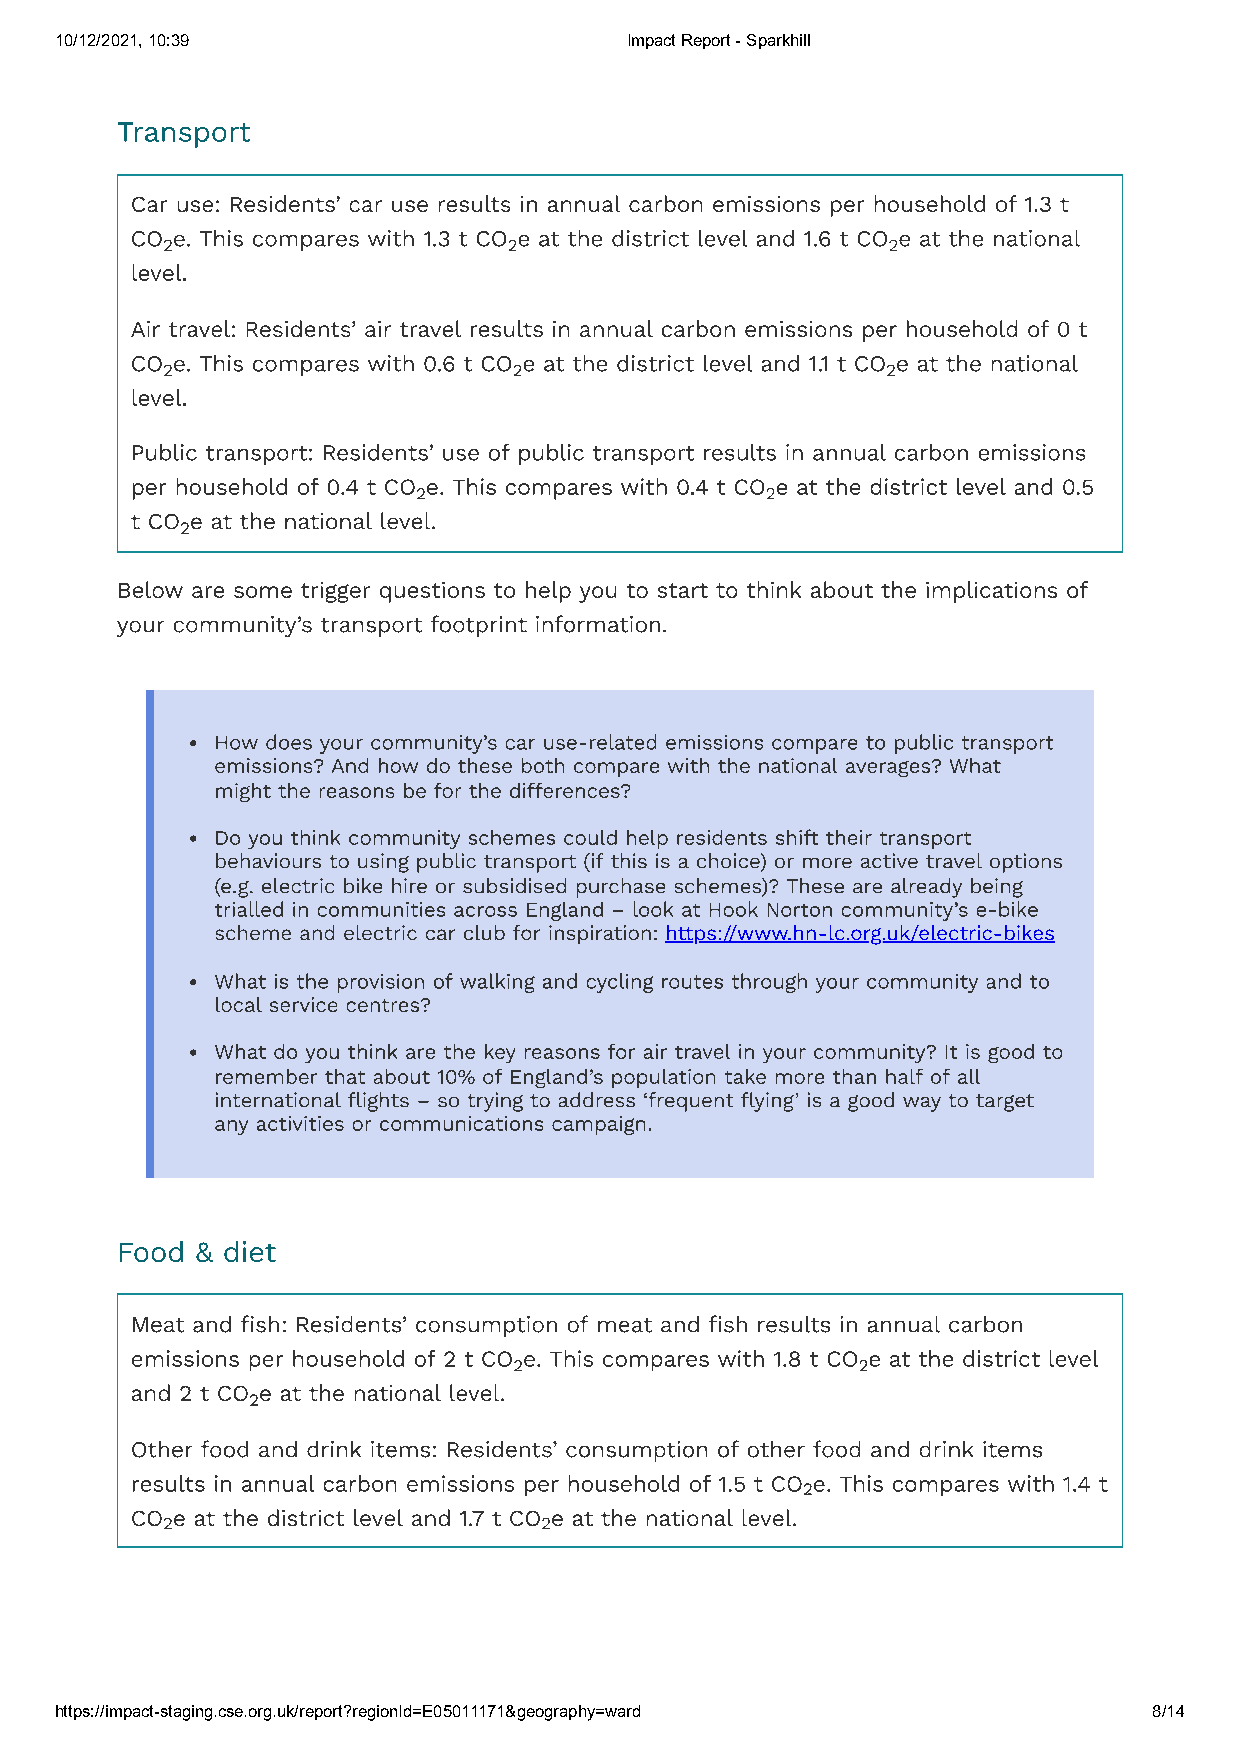
10/12/2021, 10:39                    Impact Report - Sparkhill
 Transport
 Car use: Residents’ car use results in annual carbon emissions per household of 1.3 t
 CO e. This compares with 1.3 t CO e at the district level and 1.6 t CO e at the national
 2                      2                        2
 level.
 Air travel: Residents’ air travel results in annual carbon emissions per household of 0 t
 CO e. This compares with 0.6 t CO e at the district level and 1.1 t CO e at the national
 2                      2                        2
 level.
 Public transport: Residents’ use of public transport results in annual carbon emissions
 per household of 0.4 t CO e. This compares with 0.4 t CO e at the district level and 0.5
 2                      2
 t CO e at the national level.
 2
 Below are some trigger questions to help you to start to think about the implications of
 your community’s transport footprint information.
 How does your community’s car use-related emissions compare to public transport
 emissions? And how do these both compare with the national averages? What
 might the reasons be for the differences?
 Do you think community schemes could help residents shift their transport
 behaviours to using public transport (if this is a choice) or more active travel options
 (e.g. electric bike hire or subsidised purchase schemes)? These are already being
 trialled in communities across England – look at Hook Norton community’s e-bike
 scheme and electric car club for inspiration: https://www.hn-lc.org.uk/electric-bikes
 What is the provision of walking and cycling routes through your community and to
 local service centres?
 What do you think are the key reasons for air travel in your community? It is good to
 remember that about 10% of England’s population take more than half of all
 international flights – so trying to address ‘frequent flying’ is a good way to target
 any activities or communications campaign.
 Food & diet
 Meat and fish: Residents’ consumption of meat and fish results in annual carbon
 emissions per household of 2 t CO e. This compares with 1.8 t CO e at the district level
 2                      2
 and 2 t CO e at the national level.
 2
 Other food and drink items: Residents’ consumption of other food and drink items
 results in annual carbon emissions per household of 1.5 t CO e. This compares with 1.4 t
 2
 CO e at the district level and 1.7 t CO e at the national level.
 2                        2
 https://impact-staging.cse.org.uk/report?regionId=E05011171&geography=ward 8/14